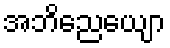
အဘိညေယျော